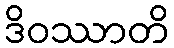
ဒိဝဿာတိ